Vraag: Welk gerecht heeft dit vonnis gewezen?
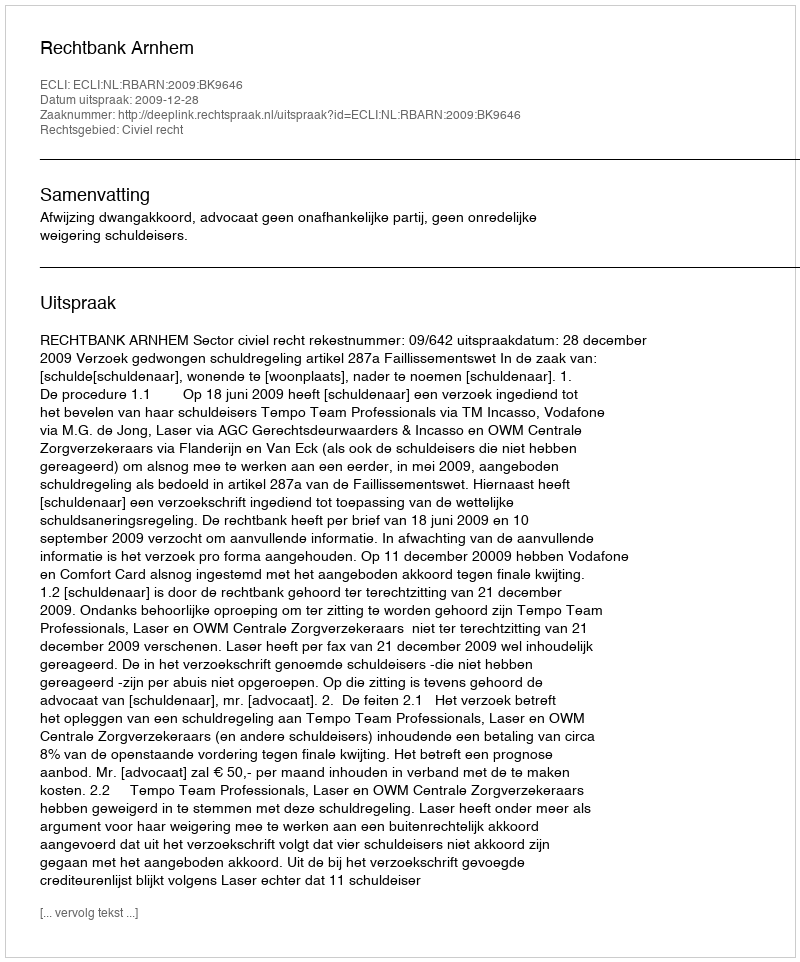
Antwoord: Rechtbank Arnhem